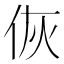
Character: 𬽻